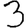
Digit: 3